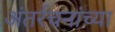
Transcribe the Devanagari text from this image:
अंतर्रचनांच्या